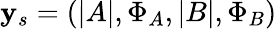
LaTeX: \mathbf{y}_{s}=\left(|A|,\Phi_{A},|B|,\Phi_{B}\right)